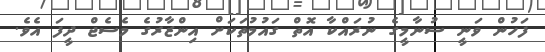
ފަހުން ވަނީ ސުނާމީގެ ނުރައްކާ އޮތް ގައުމުތަކަށް އިންޒާރުގެ މެސެޖް ދީފަ އެވެ.